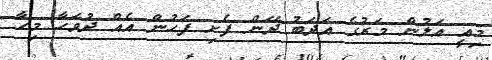
މިއީ އަލުން މަރުގެ އަދަބު ދޭން ފެށި ފަހުން އެއް ދުވަހާ މިހާ